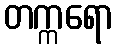
တက္ကရော